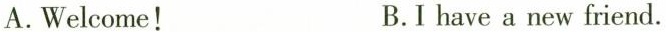
A.Welcome! B.I have a new friend.